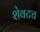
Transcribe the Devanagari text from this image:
शेवटच